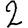
Digit: 2